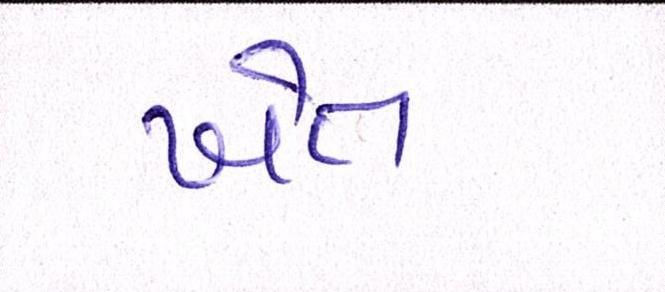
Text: ખેત